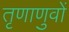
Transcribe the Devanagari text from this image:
तृणाणुवों